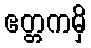
ဧတ္တကမှိ